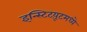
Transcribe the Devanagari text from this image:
इन्स्टिटय़ूटमध्ये